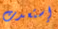
إستعدت